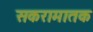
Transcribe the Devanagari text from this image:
सकरामातक